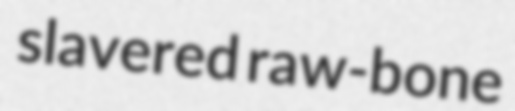
slavered raw-bone